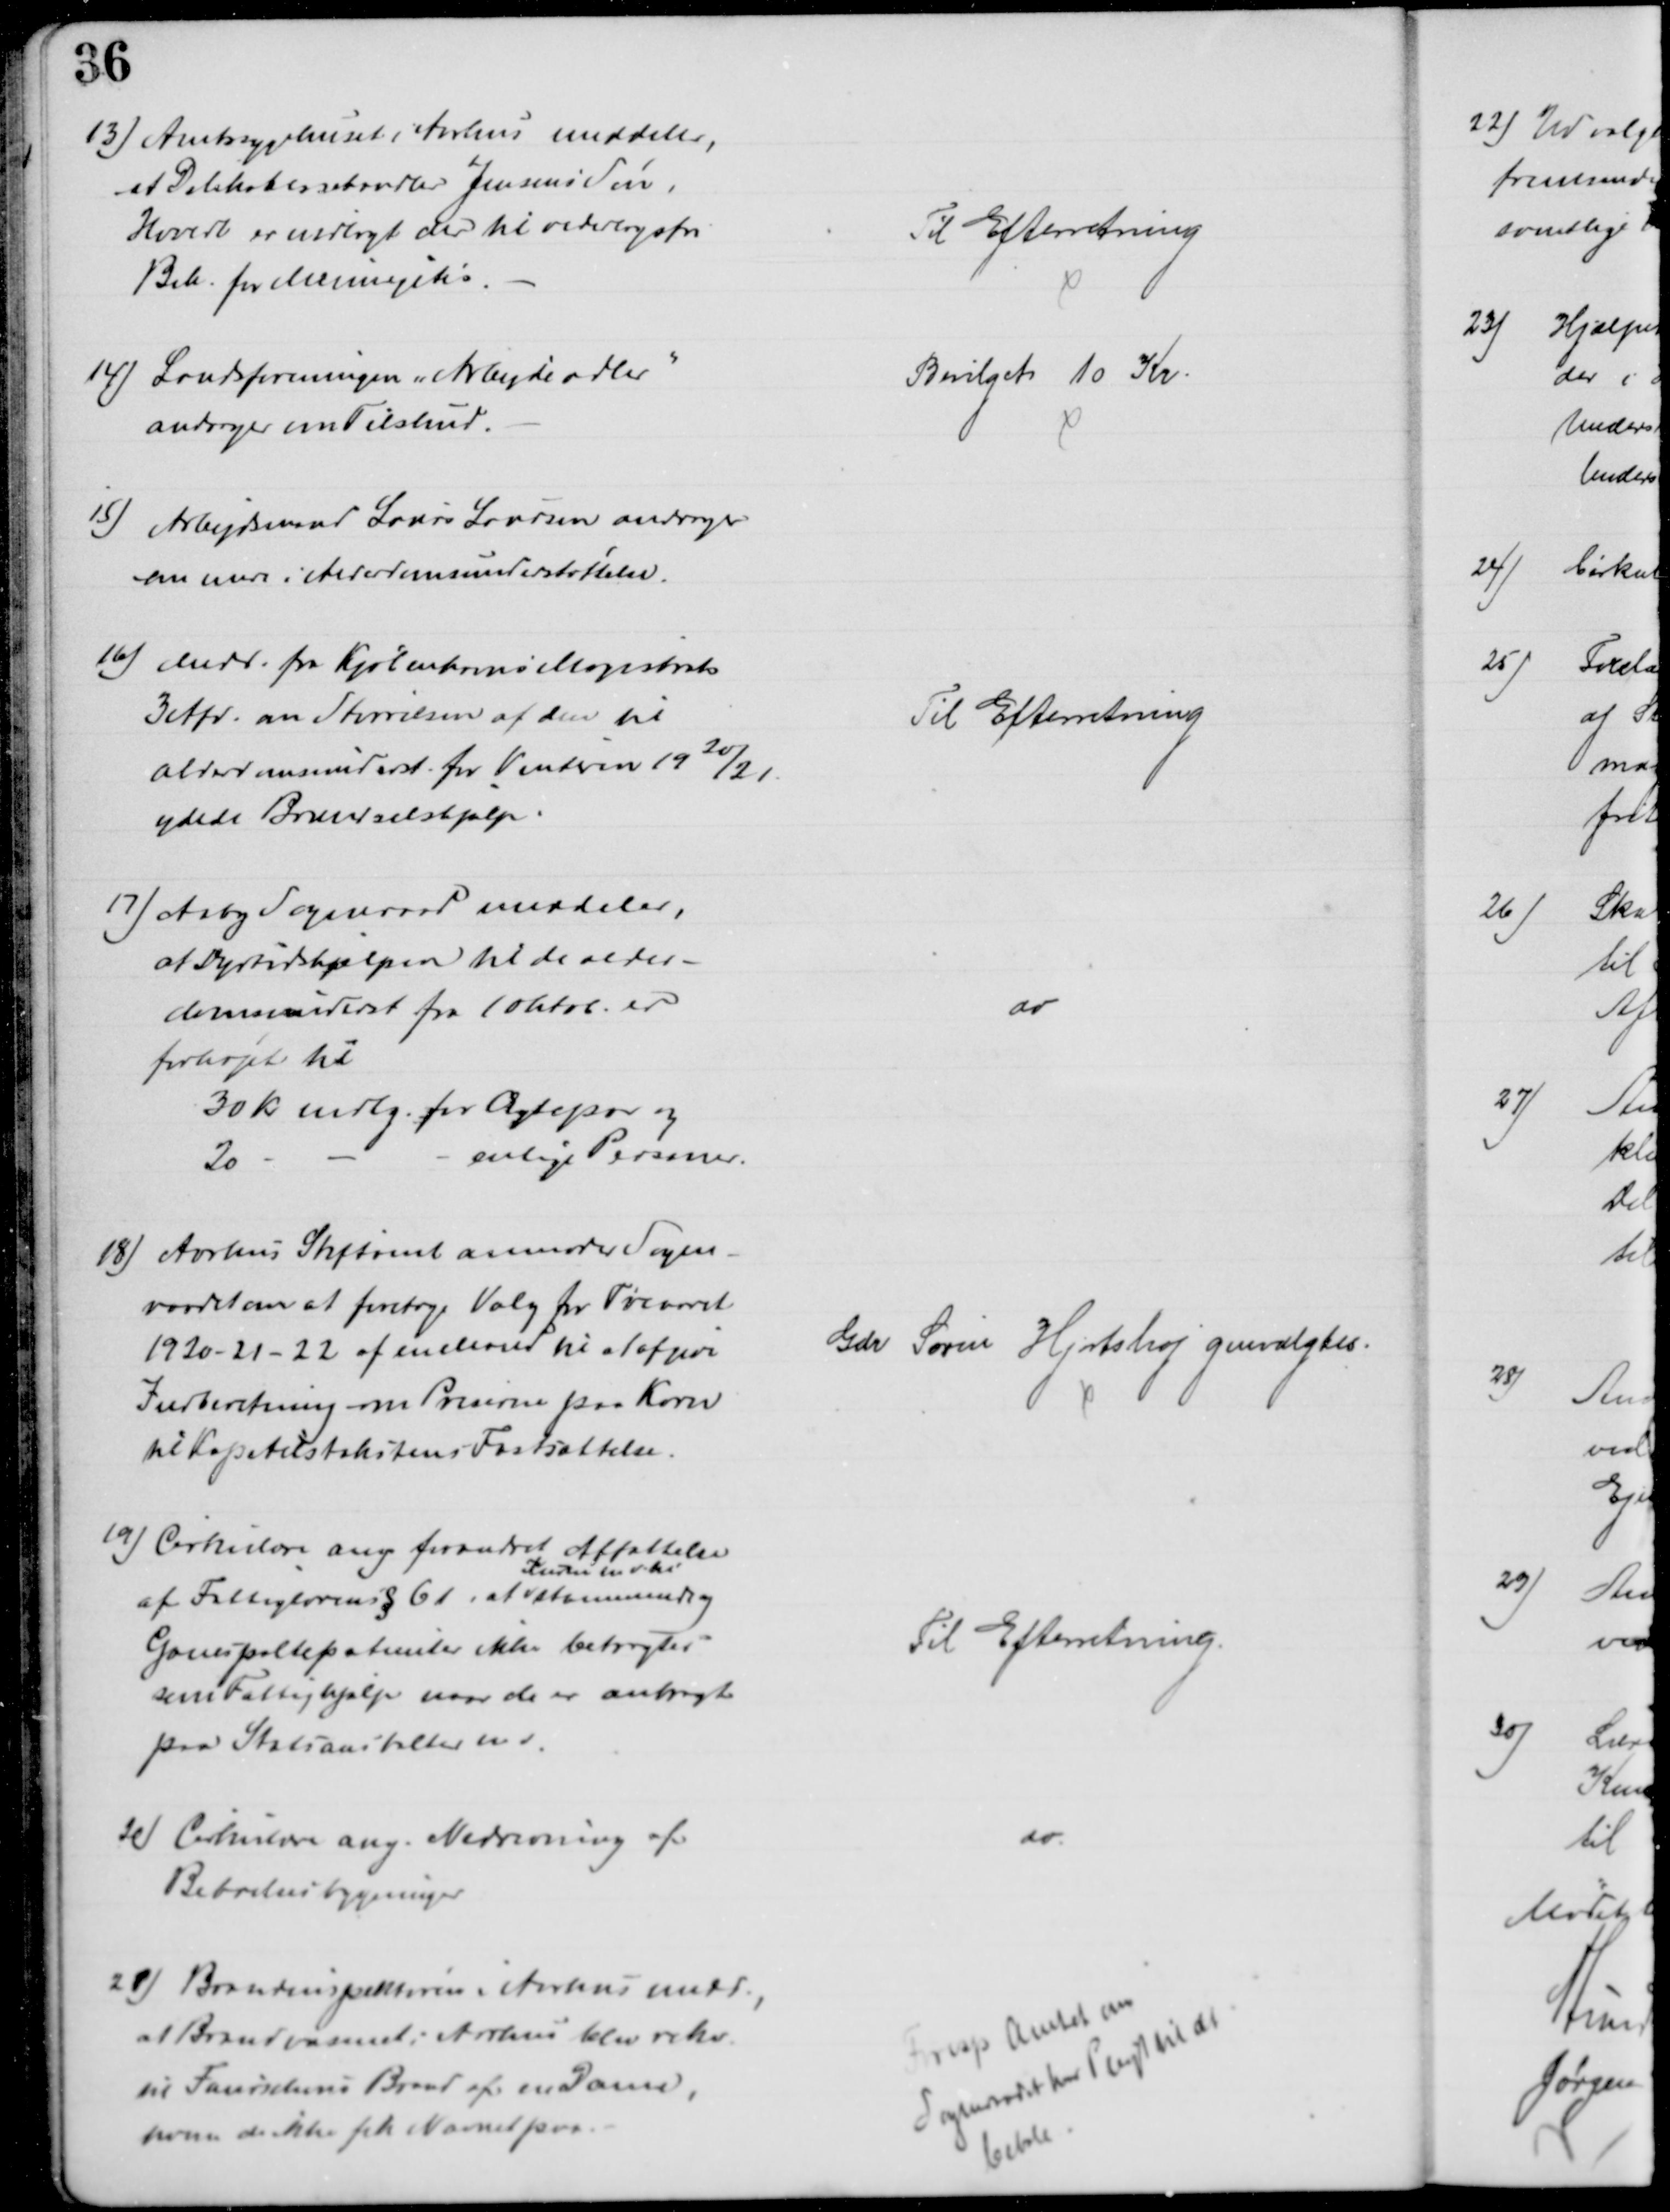
Transskription:
13) Amtssygehuset i Aarhus meddeler,
at Delikatessehandler Jensens Søn,
Harald er indlagt der til vederlagsfri
Beh. for Meningitis
Til Efterretning
14) Landsforeningen "Arbejde adler"
andrager om Tilskud.
Bevilget 10 Kr
15) Arbejdsmand Laurs Laursen andrager
om mere i Alderdomsunderstøttelse.
16)
Medd. fra Kjøbenhavns Magistrats
3 Afd. om Størrelsen af den til
alderdomsunderst. for Vinteren 1920/21
ydede Brændselshjælp
Til Efterretning
17) Aaby Sogneraad meddeler,
at Dyrtidshjælpen til de alder-
domsunderst fra 10 Oktob. er
forhøjet til
30 Kr mdlg. for Ægtepar og 
20
enlige Personer.
do
18) Aarhus Stiftamt anmoder Sogne-
raadet om at foretage Valg for Treaaret
1920-21-22 af en Mand til at afgive
Indberetning om Priserne paa Korn
til Kapitelstakstens Fastsættelse.
Gdr Søren Hjortshøj genvalgtes.
19) Cirkulære ang forandret Affattelse
af Fattiglovens § 61, at
Kuren m v. til
stammende og
Ganespaltepatienter ikke betragtes
som Fattighjælp naar de er anbragte
paa Statsanstalterer m v.
Til Efterretning.
20) Cirkulære ang. Nedrivning af
Beboelsesbygninger
do
21) Brandinspektøren i Aarhus medd.,
at Brandvæsenet i Aarhus blev rekv.
til Faurschous Brand af en Dame,
hvem de ikke fik Navnet paa
Foresp Amtet om
Sogneraadet har Pligt til at 
betale